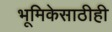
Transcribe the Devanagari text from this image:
भूमिकेसाठीही